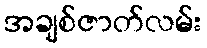
အချစ်ဇာတ်လမ်း